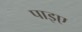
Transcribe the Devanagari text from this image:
पाइए